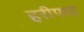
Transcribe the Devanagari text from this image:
हरीपाद